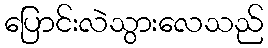
ပြောင်းလဲသွားလေသည်